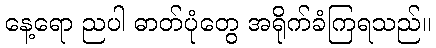
နေ့ရော ညပါ ဓာတ်ပုံတွေ အရိုက်ခံကြရသည်။